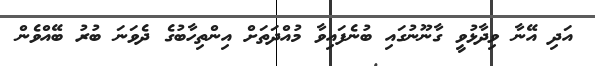
އަދި އޭނާ ވިދާޅުވީ ގާނޫނުގައި ބުނެފައިވާ މުއްދަތަށް އިންތިހާބުގެ ދެވަނަ ބުރު ބޭއްވެން